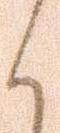
く